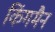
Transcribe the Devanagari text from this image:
किंगमैन